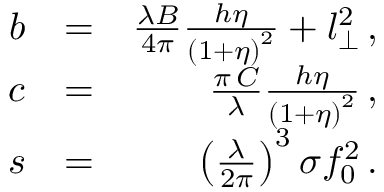
\begin{array} { r l r } { b } & { = } & { \frac { \lambda B } { 4 \pi } \frac { h \eta } { \left( 1 + \eta \right) ^ { 2 } } + l _ { \perp } ^ { 2 } \, , } \\ { c } & { = } & { \frac { \pi \, C } { \lambda } \frac { h \eta } { \left( 1 + \eta \right) ^ { 2 } } \, , } \\ { s } & { = } & { \left( \frac { \lambda } { 2 \pi } \right) ^ { 3 } \sigma f _ { 0 } ^ { 2 } \, . } \end{array}